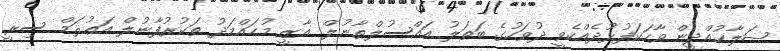
ޞަލާޙުއްދީން ވާހަކަފުޅުދެއްކެވީ ދުވަހުގެ ބަޠަލު އައްސުލްޠާނުލް ޣާޒީ މުޙައްމަދު ތަކުރުފާނުލް އަޢުޘަމް ސިރީ